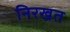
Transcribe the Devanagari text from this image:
निरखत